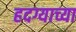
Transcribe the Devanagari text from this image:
हदग्याच्या